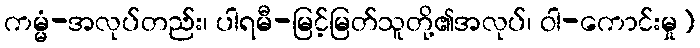
ကမ္မံ-အလုပ်တည်း၊ ပါရမီ-မြင့်မြတ်သူတို့၏အလုပ်၊ ဝါ-ကောင်းမှု)